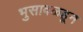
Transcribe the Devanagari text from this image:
भुसावळहून